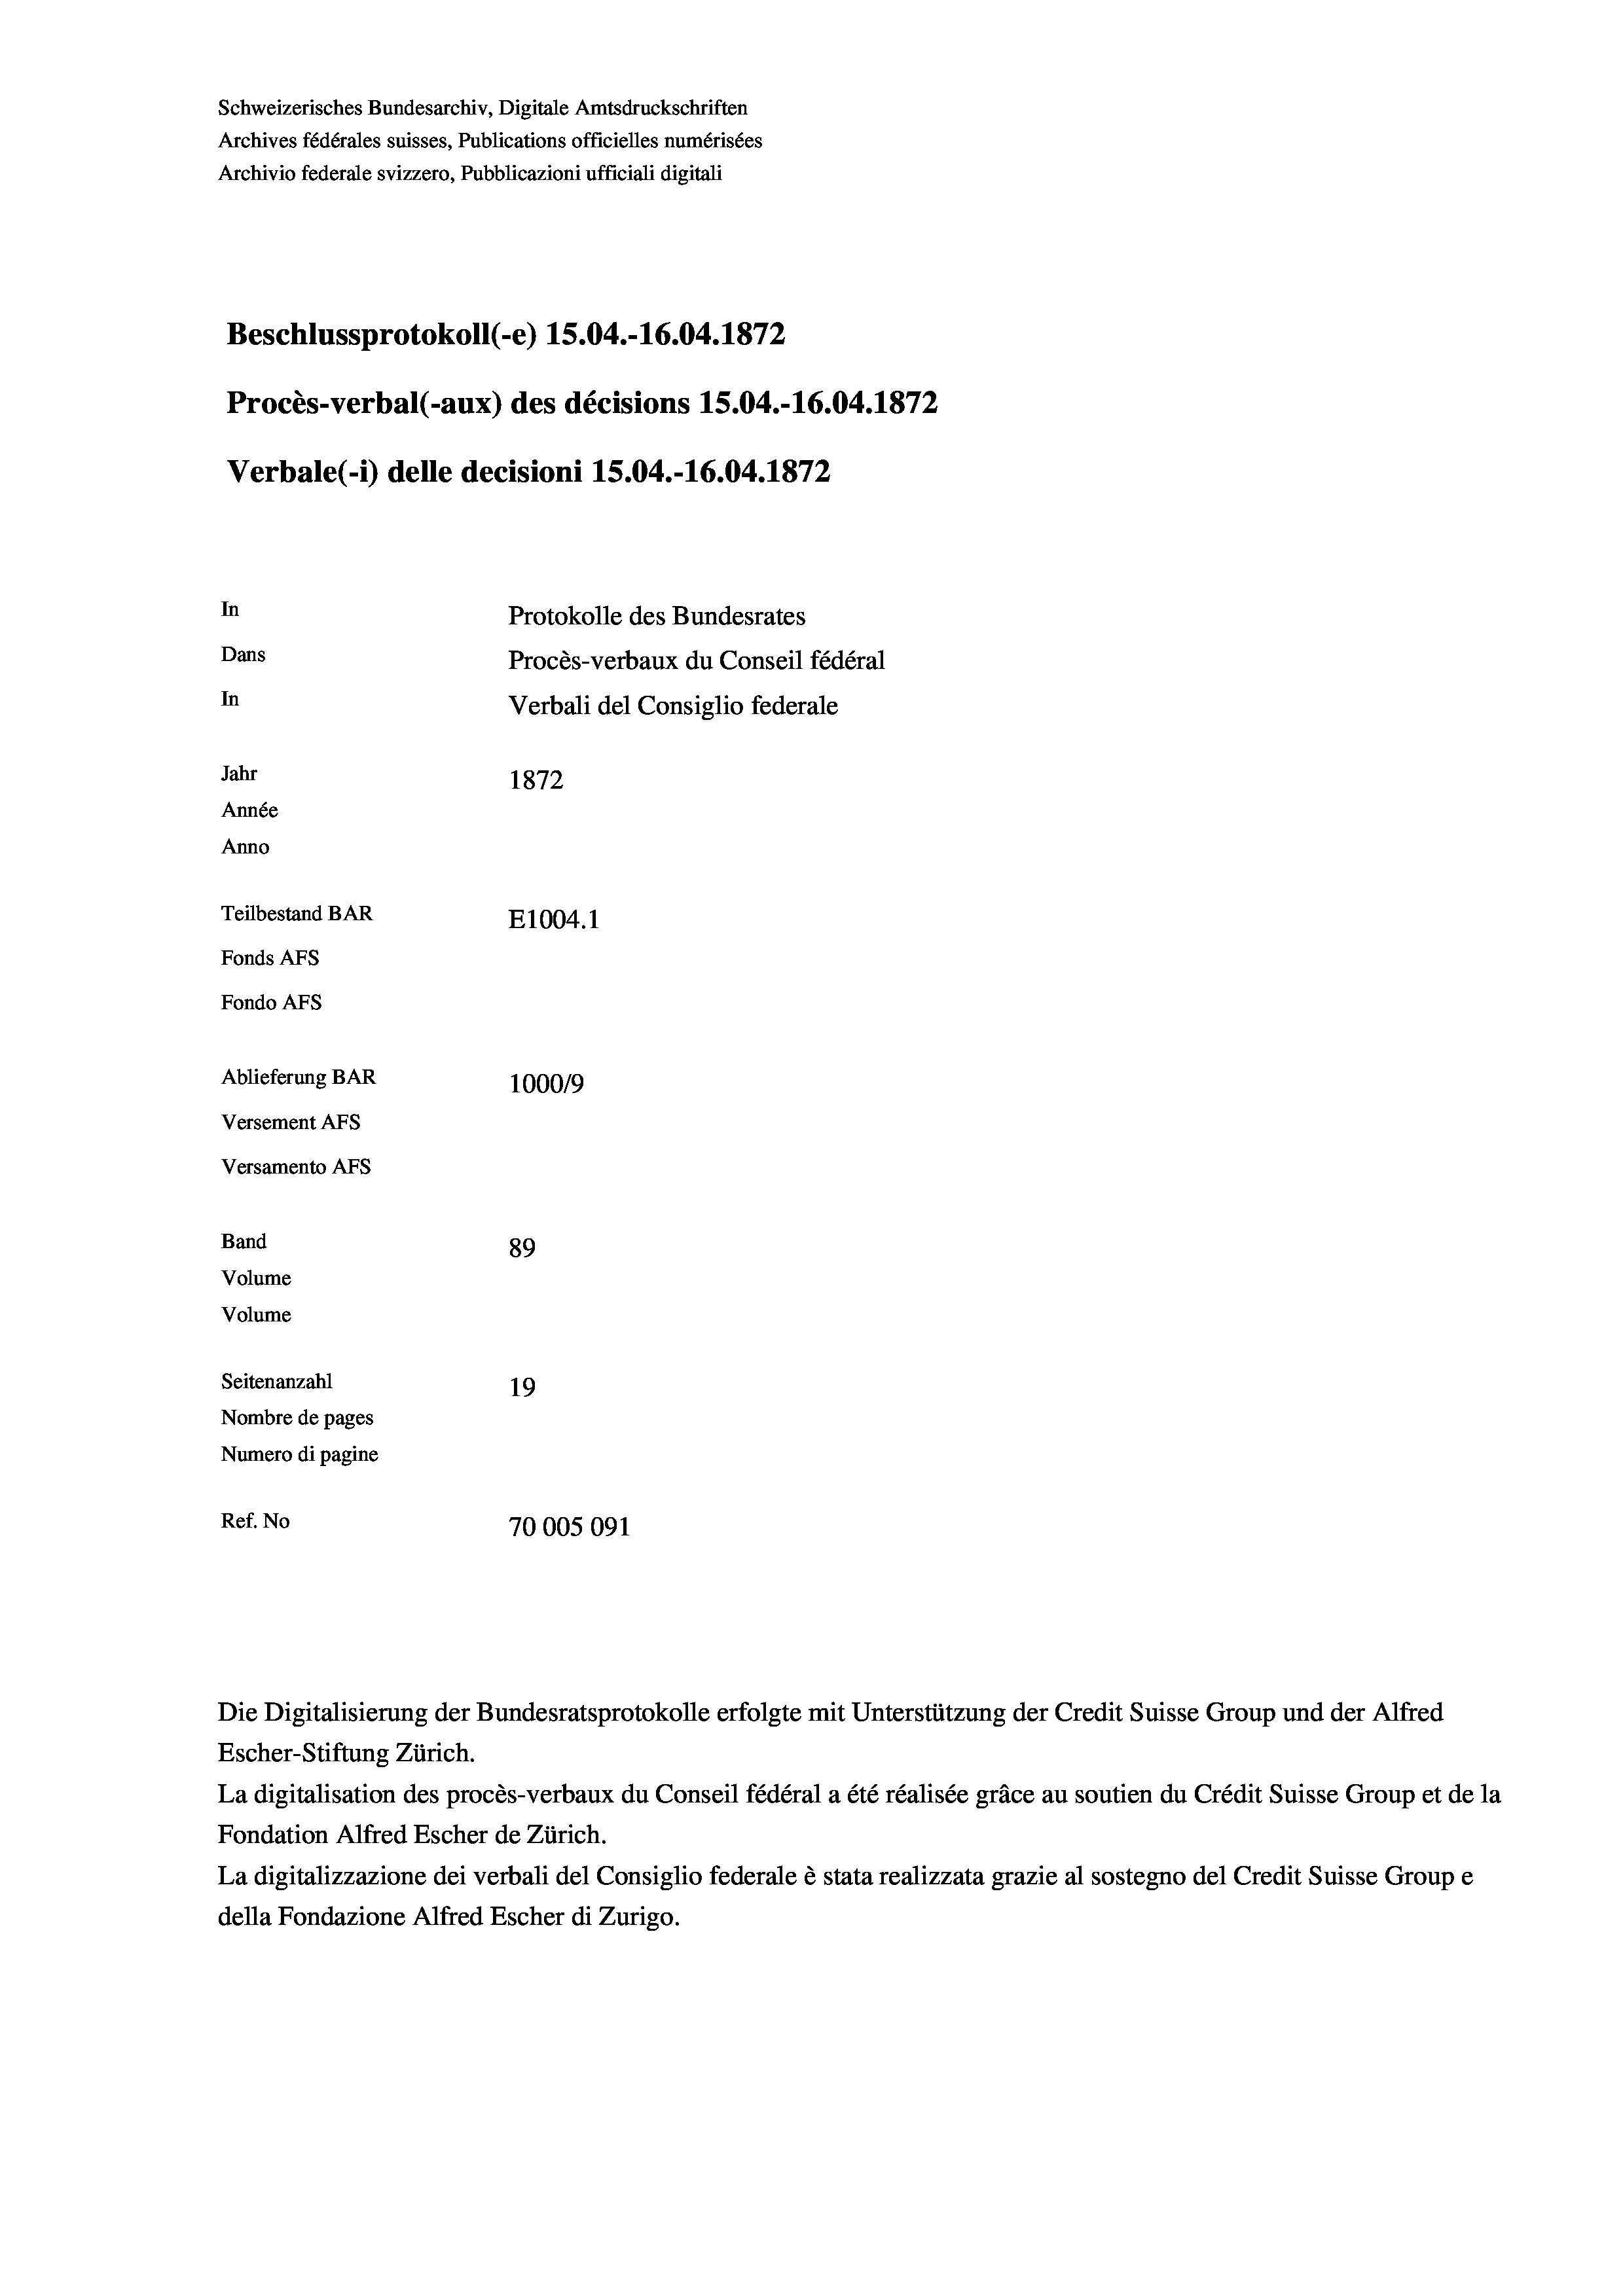
Schweizerisches Bundesarchiv, Digitale Amtsdruckschriften
Archives fédérales suisses, Publications officielles numérisées
Archivio federale svizzero, Pubblicazioni ufficiali digitali
Beschlussprotokoll (e) 15.04.-16.04. 1872
Procès-verbal (-aux) des décisions 15.04.-16.04. 1872
Verbale (- 1) delle decisioni 15.04.-16.04. 1872
In
Protokolle des Bundesrates
Dans
Procès-verbaux du Conseil fédéral
In
Verbali del Consiglio federale
Jahr
1872
Année
Anno
Teilbestand BAR
E1004. 1
Fonds AFs
Fondo Afs
Ablieferung BAR
100019
Versement AFs
Versamento AFs
Band
89
Volume
Volume
Seitenanzahl
19
Nombre de pages
Numero di pagine
Ref. No
70005091

Die Digitalisierung der Bundesratsprotokolle erfolgte mit Unterstützung der Credit Suisse Group und der Alfred

Escher-Stiftung Zürich.
La digitalisation des procès-verbaux du Conseil fédéral a été réalisée gräce au soutien du Crédit Suisse Group et de la
Fondation Alfred Escher de Zürich.
La digitalizzazione dei verbali del Consiglio federale è stata realizzata grazie al sostegno del Credit Suisse Groupe
della Fondazione Alfred Escher di Zurigo.